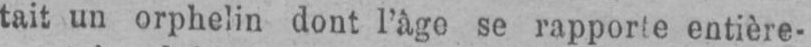
tait un orphelin dont l’àgo se rapporle entière-